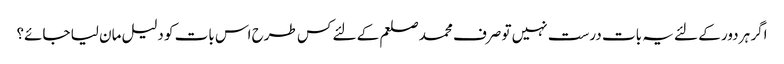
اگر ہر دور کے لئے یہ بات درست نہیں تو صرف محمد صلعم کے لئے کس طرح اس بات کو دلیل مان لیا جائے؟